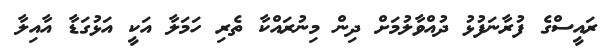
ރައީސްގެ ފުރާނަފުޅު ދުއްވާލުމަށް ދިން މިނުރައްކާ ތެރި ހަމަލާ އަކީ އަޅުގަޑާ އާއިލާ